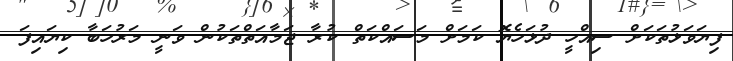
ފިޔަވަޅުތަކަށް ސިއްހީ ދުޅަހެޔޮ ކަމަށް މަސައްކަތް ކުރާ ޖަމާއަތްތަކުން ވަނީ މަރުހަބާ ކިޔައިފަ